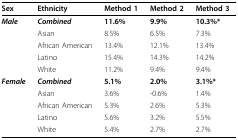
| Sex | Ethnicity | Method 1 | Method 2 | Method 3 |
 | --- | --- | --- | --- | --- |
 | Male | Combined | 11.6% | 9.9% | 10.3%* |
 |  | Asian | 8.5% | 6.5% | 7.3% |
 |  | African American | 13.4% | 12.1% | 13.4% |
 |  | Latino | 15.4% | 14.3% | 14.2% |
 |  | White | 11.2% | 9.4% | 9.4% |
 | Female | Combined | 5.1% | 2.0% | 3.1%* |
 |  | Asian | 3.6% | -0.6% | 1.4% |
 |  | African American | 5.3% | 2.6% | 5.3% |
 |  | Latino | 5.6% | 3.2% | 5.5% |
 |  | White | 5.4% | 2.7% | 2.7% |